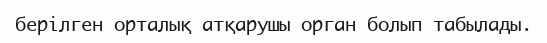
берілген орталық атқарушы орган болып табылады.